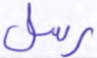
رسل